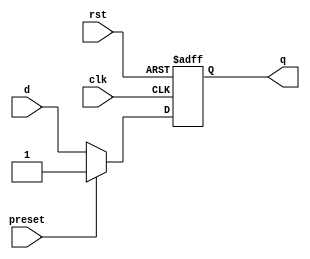
module DFF_preset (
    input wire clk,
    input wire rst,
    input wire preset,
    input wire d,
    output reg q
);

always @(posedge clk or posedge rst)
begin
    if (rst)
        q <= 1'b0; // reset the flip-flop
    else if (preset)
        q <= 1'b1; // set the flip-flop to the preset value
    else
        q <= d; // update the flip-flop with the D input
end

endmodule